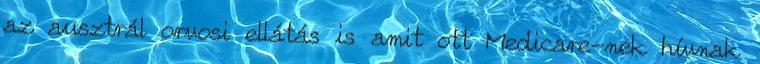
az ausztrál orvosi ellátás is amit ott Medicare-nek hívnak